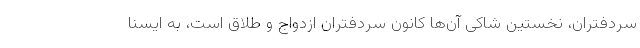
سردفتران، نخستین شاکی آن‌ها کانون سردفتران ازدواج و طلاق است، به ایسنا